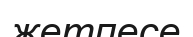
жетпесе